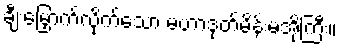
ချီးမြှောက်လိုက်သော မဟာဒုတ်မိန်းမအိုကြီး။